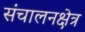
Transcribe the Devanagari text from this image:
संचालनक्षेत्र